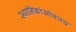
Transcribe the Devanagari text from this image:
स्थानिकांसोबतच